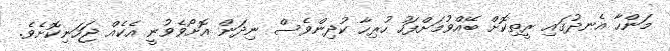
މަންހާ އެނދުގައި ރީތިކޮށް ބޭއްވުމަށްފަހު ހުރިހާ ކުދިންވެސް ނިދަން އޮށޯވެވުނީ އެކެއް ޖަހަނިކޮށެވެ.